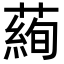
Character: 𦻖